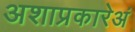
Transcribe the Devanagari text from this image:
अशाप्रकारेअं